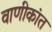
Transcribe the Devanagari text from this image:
वाणीकांत